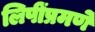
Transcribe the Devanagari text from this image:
लिपींप्रमणे